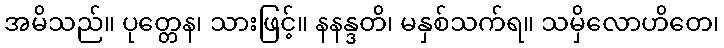
အမိသည်။ ပုတ္တေန၊ သားဖြင့်။ နနန္ဒတိ၊ မနှစ်သက်ရ။ သမှိလောဟိတေ၊